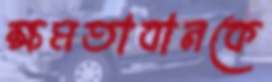
ক্ষমতাবানকে